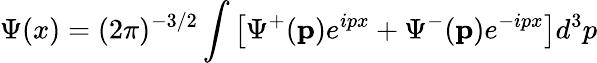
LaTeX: \Psi(x)=(2\pi)^{-3/2}\int\left[\Psi^{+}(\mathbf{p})e^{ipx}+\Psi^{-}(\mathbf{p})e^{-ipx}\right]d^{3}p